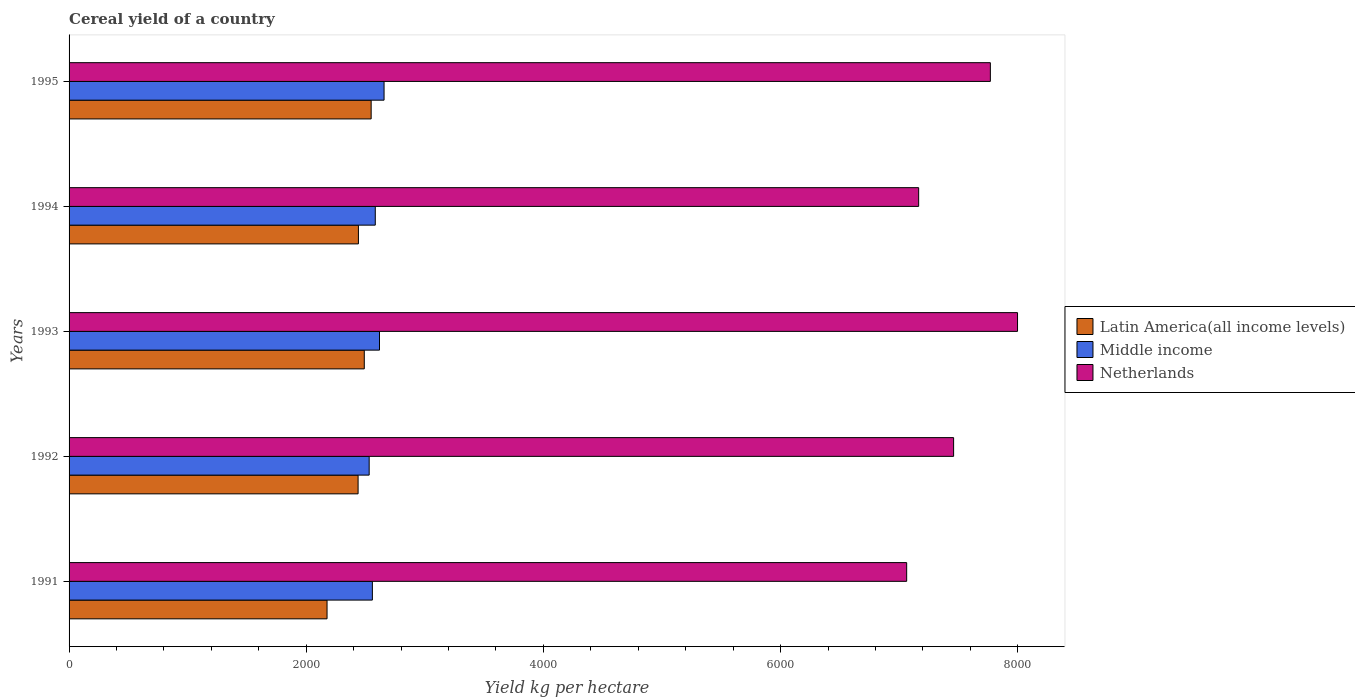
| Years | Latin America(all income levels) | Middle income | Netherlands |
 | --- | --- | --- | --- |
 | 1991 | 2.18e+03 | 2.56e+03 | 7.06e+03 |
 | 1992 | 2.44e+03 | 2.53e+03 | 7.46e+03 |
 | 1993 | 2.49e+03 | 2.62e+03 | 8e+03 |
 | 1994 | 2.44e+03 | 2.58e+03 | 7.16e+03 |
 | 1995 | 2.55e+03 | 2.66e+03 | 7.77e+03 |